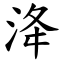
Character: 洚